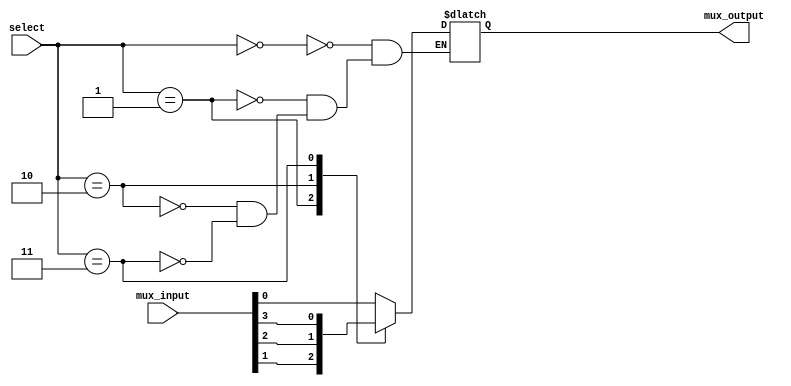
module multiplexer_4_1(
    input [3:0] mux_input,
    input [2:0] select,
    output reg mux_output
    //always blounun iinde mux_output'a atama yapld iin
    //mux_output reg yaplmaldr
);

always @(select,mux_input) begin
    case (select)
        2'b00: mux_output = mux_input[0];
        2'b01: mux_output = mux_input[1];
        2'b10: mux_output = mux_input[2];
        2'b11: mux_output = mux_input[3];
    endcase
end

endmodule